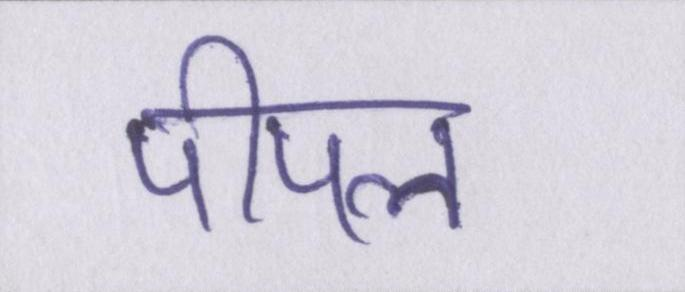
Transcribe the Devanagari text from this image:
पीपल